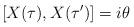
LaTeX: \begin{align*}[X(\tau),X(\tau')]=i\theta \end{align*}